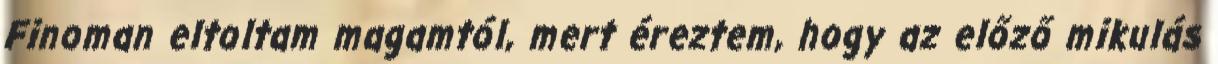
Finoman eltoltam magamtól, mert éreztem, hogy az előző mikulás